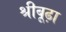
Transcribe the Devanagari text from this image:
श्रीबूढ़ा